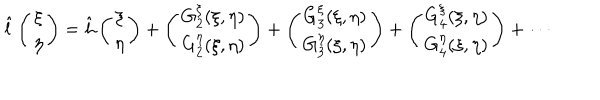
\hat { l } \left( \begin{array} { c } { { \xi } } \\ { { \eta } } \\ \end{array} \right) = \hat { h } \left( \begin{array} { c } { { \xi } } \\ { { \eta } } \\ \end{array} \right) + \left( \begin{array} { c } { { G _ { 2 } ^ { \xi } ( \xi , \eta ) } } \\ { { G _ { 2 } ^ { \eta } ( \xi , \eta ) } } \\ \end{array} \right) + \left( \begin{array} { c } { { G _ { 3 } ^ { \xi } ( \xi , \eta ) } } \\ { { G _ { 3 } ^ { \eta } ( \xi , \eta ) } } \\ \end{array} \right) + \left( \begin{array} { c } { { G _ { 4 } ^ { \xi } ( \xi , \eta ) } } \\ { { G _ { 4 } ^ { \eta } ( \xi , \eta ) } } \\ \end{array} \right) + \cdots